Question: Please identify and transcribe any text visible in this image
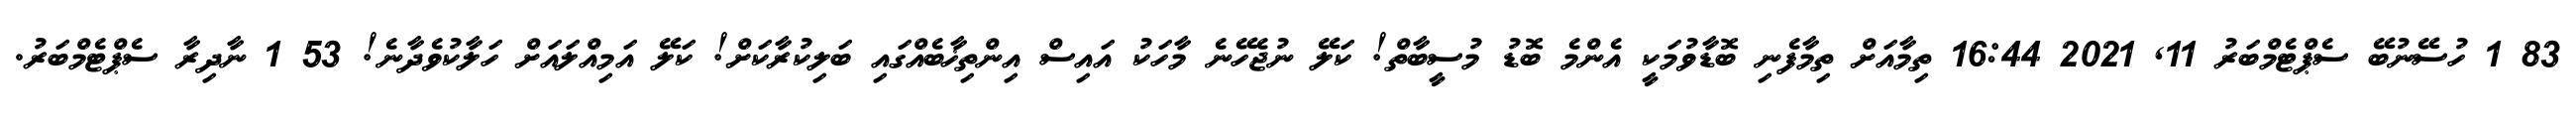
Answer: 83 1 ހުސޭނުބޭ ސެޕްޓެމްބަރު 11, 2021 16:44 ތިމާއަށް ތިމާފެނި ބޮޑާވުމަކީ އެންމެ ބޮޑު މުސީބާތް! ކަލޭ ނުޖެހޭނެ މާހަކު އައިސް އިންތިޚާބެއްގައި ބަލިކުރާކަށް! ކަލޭ އަމިއްލައަށް ހަލާކުވެދާނެ! 53 1 ނާދިރާ ސެޕްޓެމްބަރު.